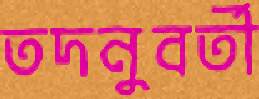
তদনুবর্তী